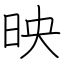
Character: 映